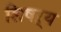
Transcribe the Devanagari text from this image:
शिषऱ्य